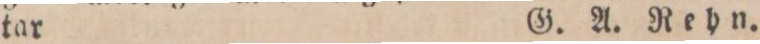
tar    G. A. Rehn.